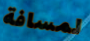
لمسافة